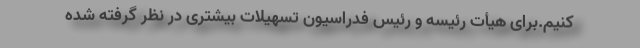
کنیم.برای هیأت رئیسه و رئیس فدراسیون تسهیلات بیشتری در نظر گرفته شده